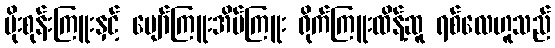
ပိုးစုန်းကြူးနှင့် ပျော်ကြူးအိပ်ကြူး ရိုက်ကြူးထိန့်ဆူ ရစ်လေဟူသည်